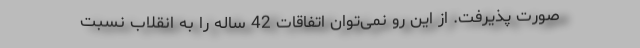
صورت پذیرفت. از این رو نمی‌توان اتفاقات 42 ساله را به انقلاب نسبت